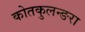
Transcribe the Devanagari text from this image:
कोतकुलन्ङरा